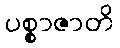
ပစ္စာဇာတိ